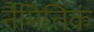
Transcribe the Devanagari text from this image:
नैमित्तिकं